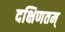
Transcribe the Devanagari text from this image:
दक्षिणतम्